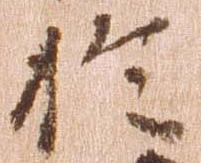
於